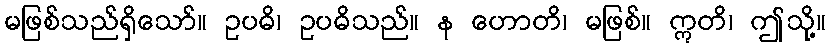
မဖြစ်သည်ရှိသော်။ ဥပဓိ၊ ဥပဓိသည်။ န ဟောတိ၊ မဖြစ်။ ဣတိ၊ ဤသို့။